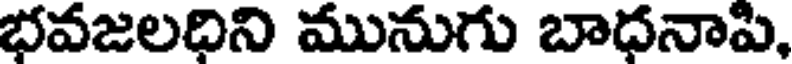
భవజలధిని మునుగు బాధనాపి,